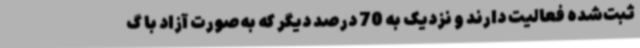
ثبت‌شده فعالیت دارند و نزدیک به 70 درصد دیگر که به‌صورت آزاد با گ